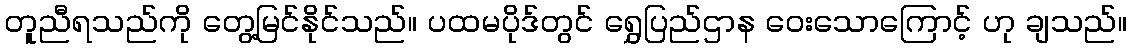
တူညီရသည်ကို တွေ့မြင်နိုင်သည်။ ပထမပိုဒ်တွင် ရွှေပြည်ဌာန ဝေးသောကြောင့် ဟု ချသည်။